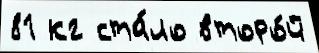
81 кг ста́ло второ́й